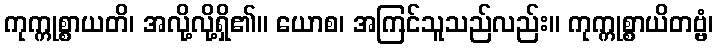
ကုက္ကုစ္စာယတိ၊ အလို့လို့ရှိ၏။ ယောစ၊ အကြင်သူသည်လည်း။ ကုက္ကုစ္စာယိတဗ္ဗံ၊